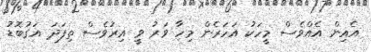
އެއިން އެއްވެސް މީހަކު އަހަރެން މިހާ ވަރު ވީ އިރުވެސް ތިފަދަ އަގުބޮޑު